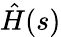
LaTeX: \hat{H}(s)